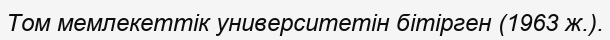
Том мемлекеттік университетін бітірген (1963 ж.).